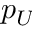
p _ { U }